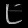
Digit: ၉